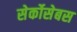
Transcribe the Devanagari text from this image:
सेर्कोसेबस